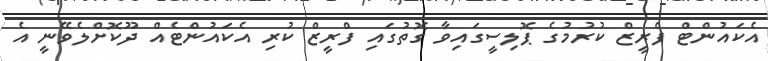
އެކައުންޓް ފްރީޒް ކުރުމުގެ ޕޮލިސީގައިވާ ގޮތުގައި ފްރީޒް ކުރި އެކައުންޓެއް ދޫކޮށްލެވޭނީ އެ